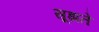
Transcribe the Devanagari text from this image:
सूझते